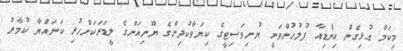
މިކަމާ ގުޅިގެން އިންޑިއާ ފުލުހުންވަނީ ޔުނިވަސިޓީގެ ކިޔަވާކުދިންގެ ޔޫނިއަންގެ ލީޑަރަކަށްހުރި ކަނައްޔާ ކުމާރު